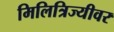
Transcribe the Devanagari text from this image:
मिलित्रिज्यीवर